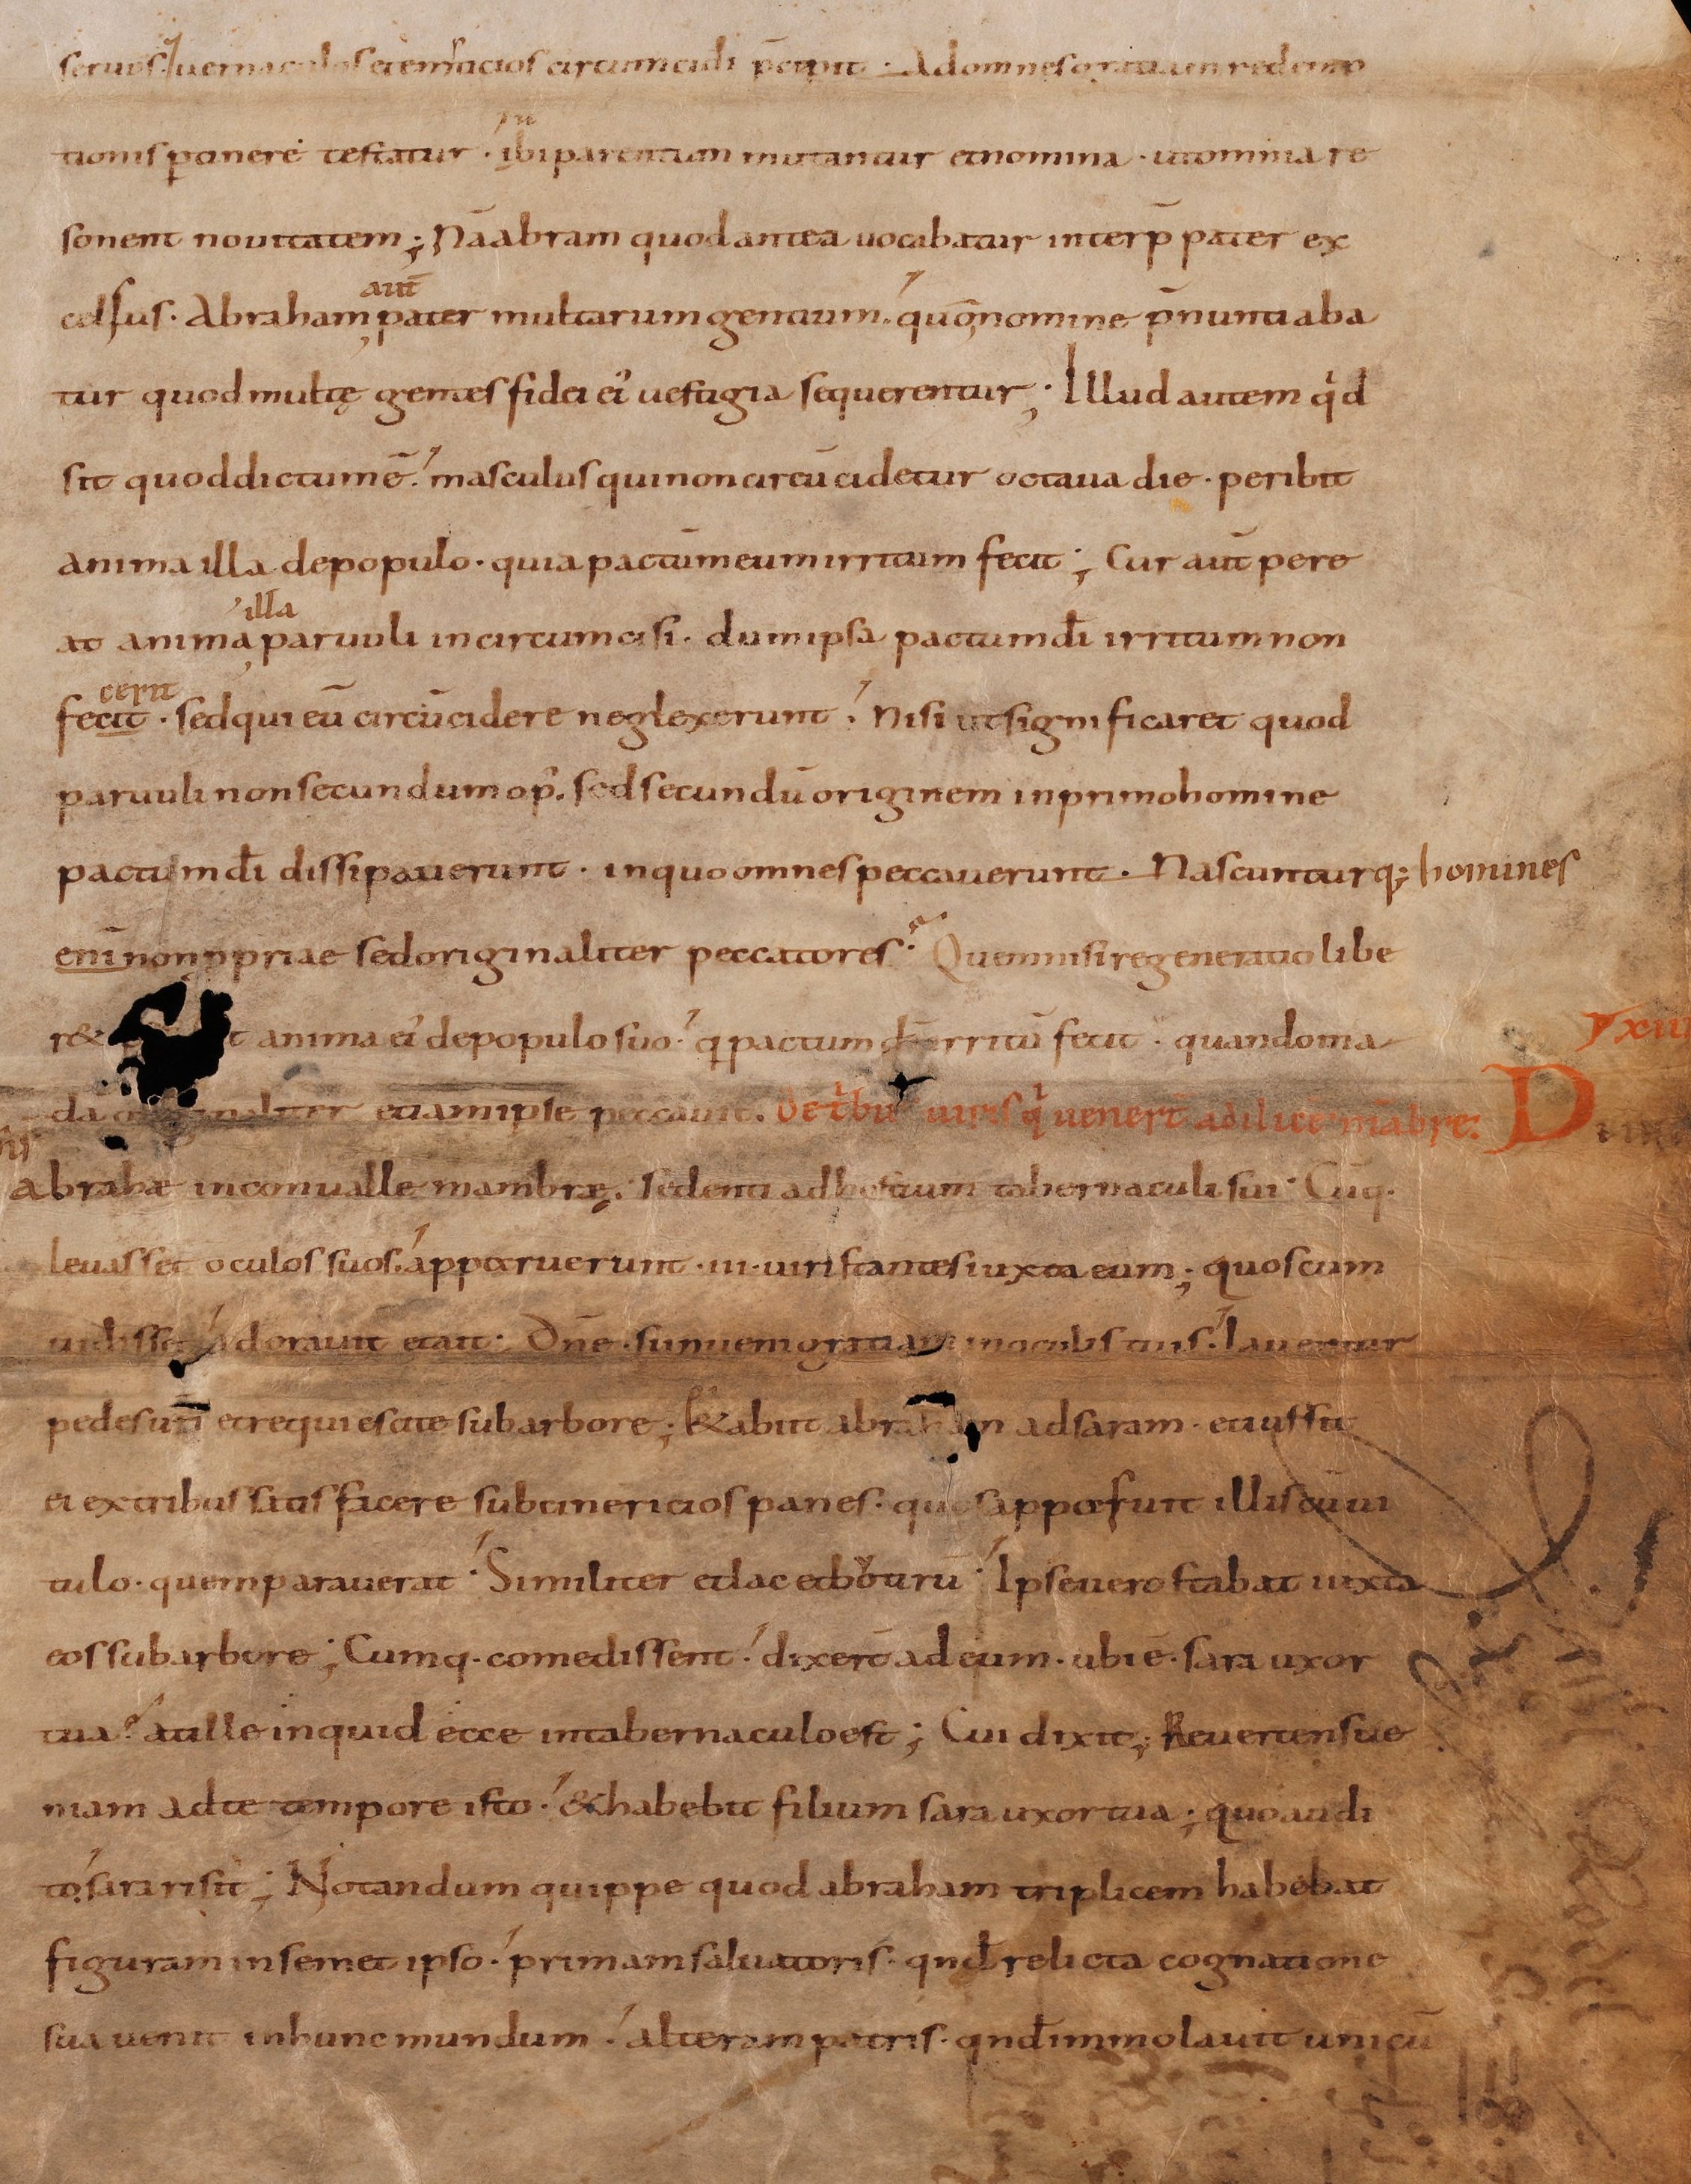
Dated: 895–935